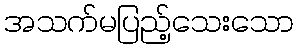
အသက်မပြည့်သေးသော